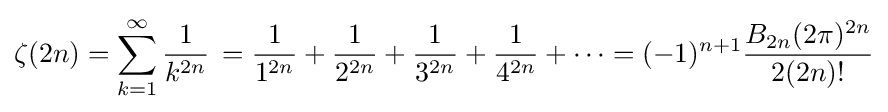
\zeta (2n)=\sum _{k=1}^{\infty }{\frac {1}{k^{2n}}}\,={\frac {1}{1^{2n}}}+{\frac {1}{2^{2n}}}+{\frac {1}{3^{2n}}}+{\frac {1}{4^{2n}}}+\cdots =(-1)^{n+1}{\frac {B_{2n}(2\pi )^{2n}}{2(2n)!}}